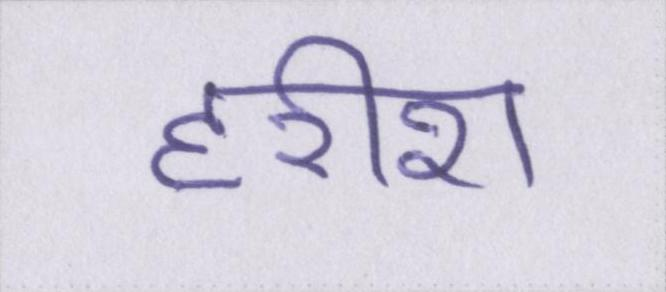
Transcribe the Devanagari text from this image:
हरीश